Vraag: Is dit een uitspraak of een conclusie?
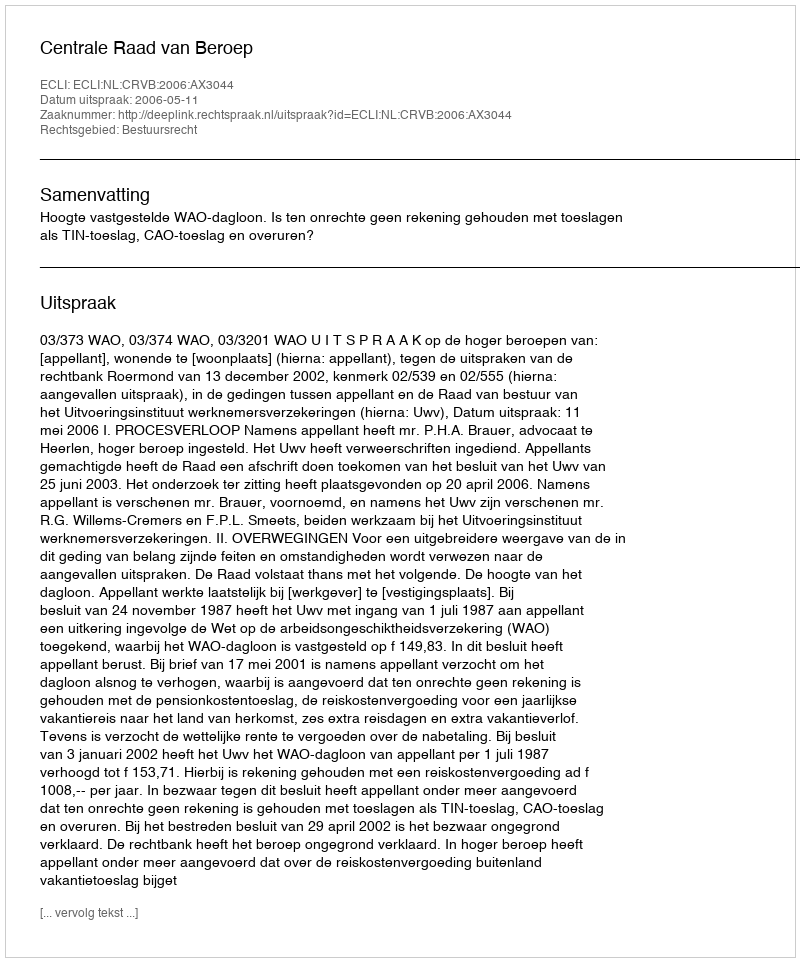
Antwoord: Uitspraak